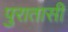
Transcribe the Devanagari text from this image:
पुरातासी